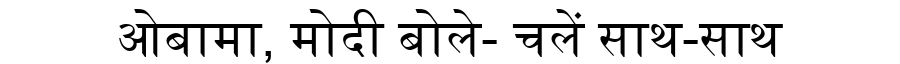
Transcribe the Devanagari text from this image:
ओबामा, मोदी बोले- चलें साथ-साथ